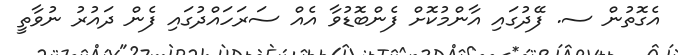
އެގޮތުން ސ. ފޭދުގައި އާންމުކޮށް ފެންބޮޑުވާ އެއް ސަރަހައްދުގައި ފެން ދައުރު ނުވާތީ